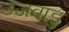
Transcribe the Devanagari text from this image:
उजवाडु